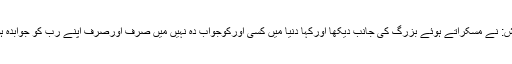
دانش: نے مسکراتے ہوئے بزرگ کی جانب دیکھا اورکہا دنیا میں کسی اورکوجواب دہ نہیں میں صرف اورصرف اپنے رب کو جوابدہ ہوں۔